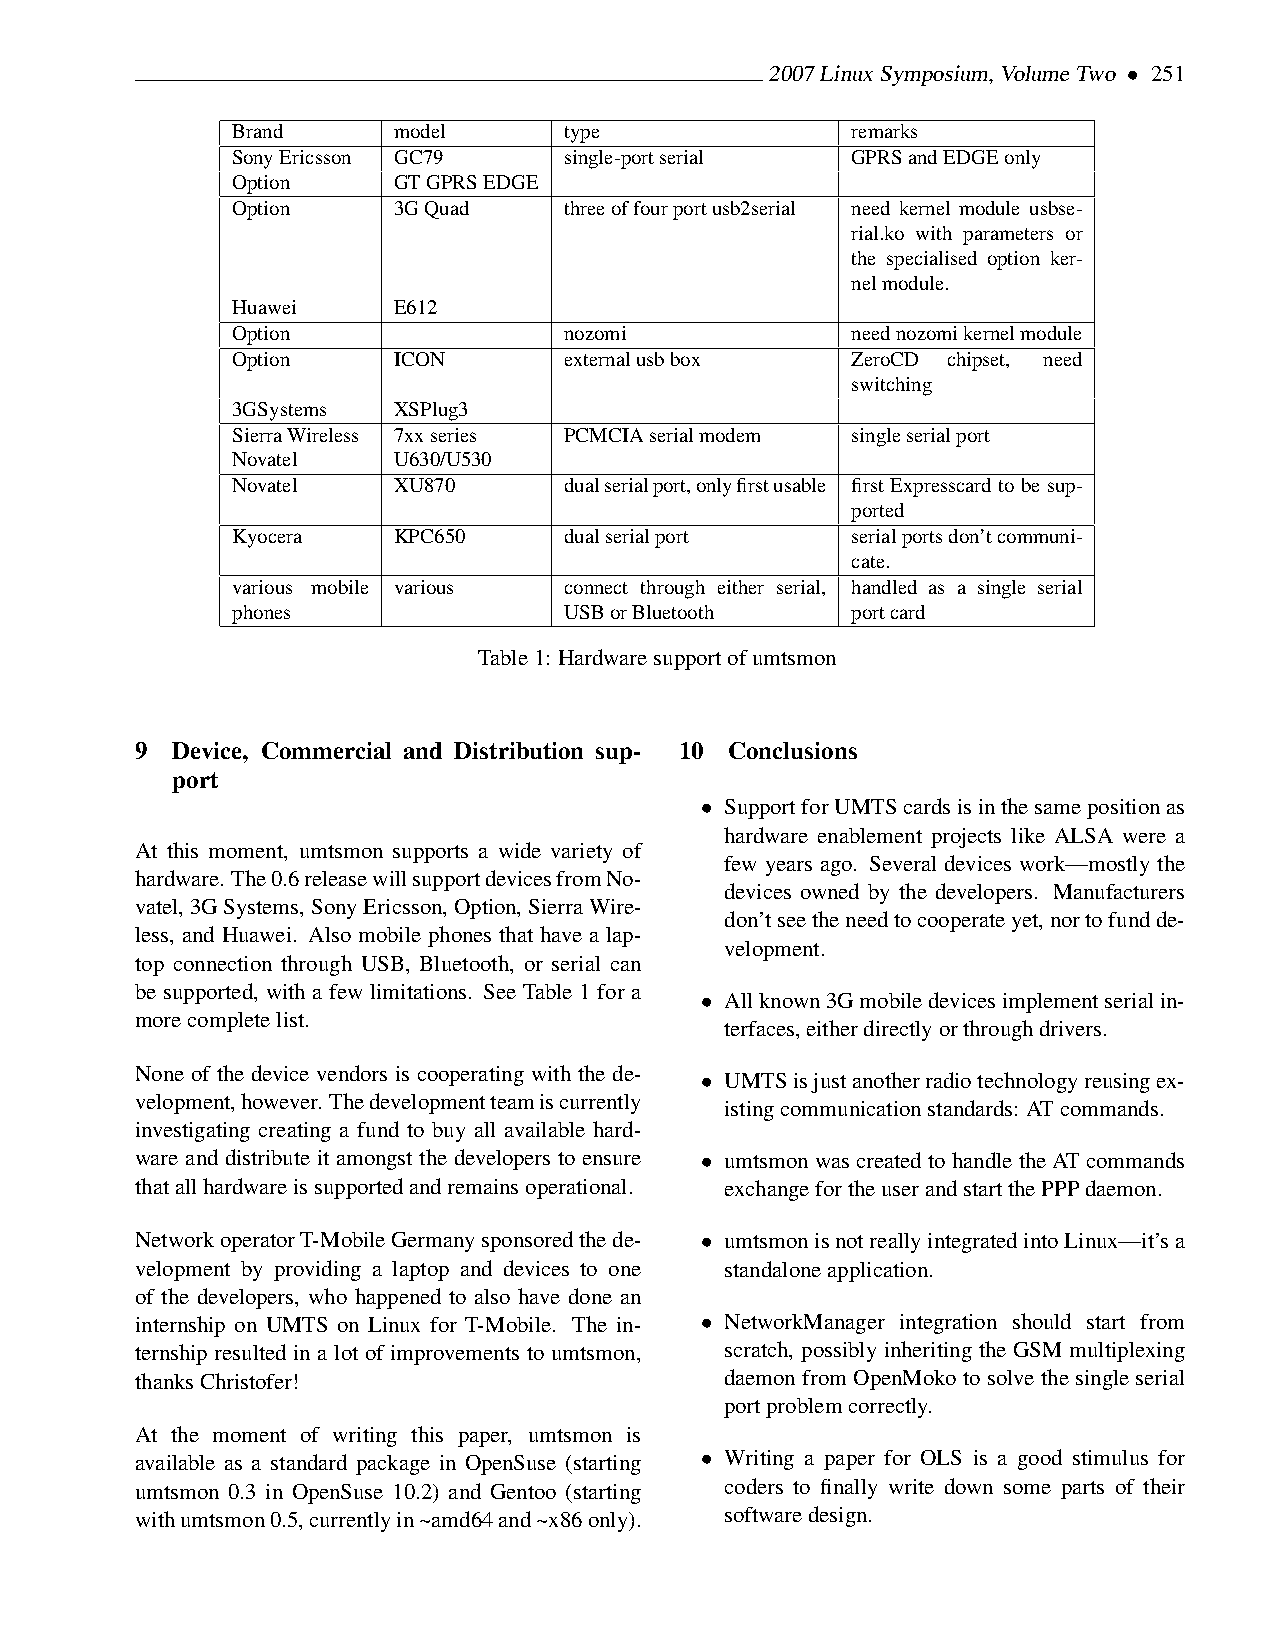
2007LinuxSymposium,VolumeTwo • 251
 Brand      model      type               remarks
 SonyEricsson GC79     single-portserial  GPRSandEDGEonly
 Option     GTGPRSEDGE
 Option     3GQuad     threeoffourportusb2serial need kernel module usbse-
 rial.ko with parameters or
 the specialised option ker-
 nelmodule.
 Huawei     E612
 Option                nozomi             neednozomikernelmodule
 Option     ICON       externalusbbox     ZeroCD chipset, need
 switching
 3GSystems  XSPlug3
 SierraWireless 7xxseries PCMCIAserialmodem singleserialport
 Novatel    U630/U530
 Novatel    XU870      dualserialport,onlyfirstusable first Expresscard to be sup-
 ported
 Kyocera    KPC650     dualserialport     serialportsdon’tcommuni-
 cate.
 various mobile various connect through either serial, handled as a single serial
 phones                USBorBluetooth     portcard
 Table1: Hardwaresupportofumtsmon
 9 Device, Commercial and Distribution sup- 10 Conclusions
 port
 • SupportforUMTScardsisinthesamepositionas
 hardware enablement projects like ALSA were a
 At this moment, umtsmon supports a wide variety of
 few years ago. Several devices work—mostly the
 hardware. The0.6releasewillsupportdevicesfromNo-
 devices owned by the developers. Manufacturers
 vatel,3GSystems,SonyEricsson,Option,SierraWire-
 don’tseetheneedtocooperateyet,nortofundde-
 less, and Huawei. Also mobile phones that have a lap-
 velopment.
 top connection through USB, Bluetooth, or serial can
 be supported, with a few limitations. See Table 1 for a
 • Allknown3Gmobiledevicesimplementserialin-
 morecompletelist.
 terfaces,eitherdirectlyorthroughdrivers.
 None of the device vendors is cooperating with the de-
 • UMTSisjustanotherradiotechnologyreusingex-
 velopment,however. Thedevelopmentteamiscurrently
 istingcommunicationstandards: ATcommands.
 investigating creating a fund to buy all available hard-
 ware and distribute it amongst the developers to ensure • umtsmonwascreatedtohandletheATcommands
 thatallhardwareissupportedandremainsoperational. exchangefortheuserandstartthePPPdaemon.
 NetworkoperatorT-MobileGermanysponsoredthede- • umtsmonisnotreallyintegratedintoLinux—it’sa
 velopment by providing a laptop and devices to one standaloneapplication.
 of the developers, who happened to also have done an
 internship on UMTS on Linux for T-Mobile. The in- • NetworkManager integration should start from
 ternship resulted in a lot of improvements to umtsmon, scratch, possibly inheriting the GSM multiplexing
 thanksChristofer!                      daemon from OpenMoko to solve the single serial
 portproblemcorrectly.
 At the moment of writing this paper, umtsmon is
 available as a standard package in OpenSuse (starting • Writing a paper for OLS is a good stimulus for
 umtsmon 0.3 in OpenSuse 10.2) and Gentoo (starting coders to finally write down some parts of their
 withumtsmon0.5,currentlyin~amd64and~x86only). softwaredesign.